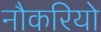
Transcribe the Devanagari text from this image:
नौकरियो